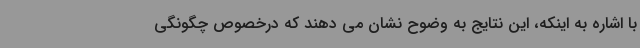
با اشاره به اینکه، این نتایج به وضوح نشان می دهند که درخصوص چگونگی